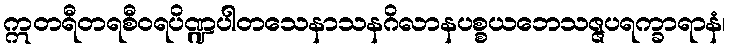
ဣတရီတရစီဝရပိဏ္ဍပါတသေနာသနဂိလာနပစ္စယဘေသဇ္ဇပရက္ခာရာနံ၊